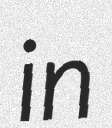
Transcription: in